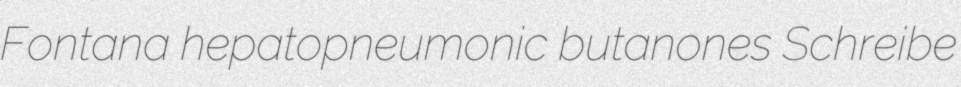
Fontana hepatopneumonic butanones Schreibe